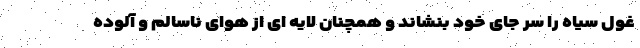
غول سیاه را سر جای خود بنشاند و همچنان لایه ای از هوای ناسالم و آلوده